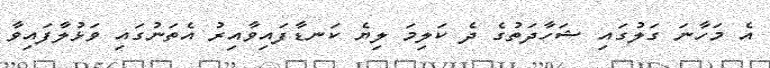
އެ މަހާނަ ގަލުގައި ޝަހާދަތުގެ ދެ ކަލިމަ ލިޔެ ކަނޑާފައިވާއިރު އެތަނުގައި ވަޅުލާފައިވާ